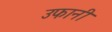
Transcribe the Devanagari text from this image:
उफानी